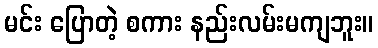
မင်း ပြောတဲ့ စကား နည်းလမ်းမကျဘူး။